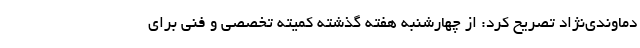
دماوندی‌نژاد تصریح کرد: از چهارشنبه هفته گذشته کمیته تخصصی و فنی برای